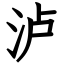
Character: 泸